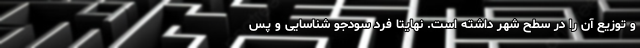
و توزیع آن‌ را در سطح شهر داشته است. نهایتا فرد سودجو شناسایی و پس